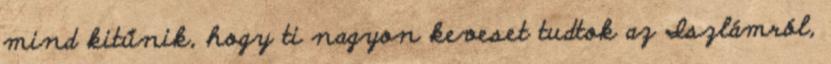
mind kitűnik, hogy ti nagyon keveset tudtok az Iszlámról,